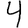
Digit: 4